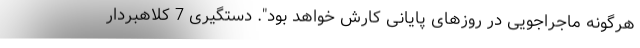
هرگونه ماجراجویی در روزهای پایانی کارش خواهد بود". دستگیری 7 کلاهبردار